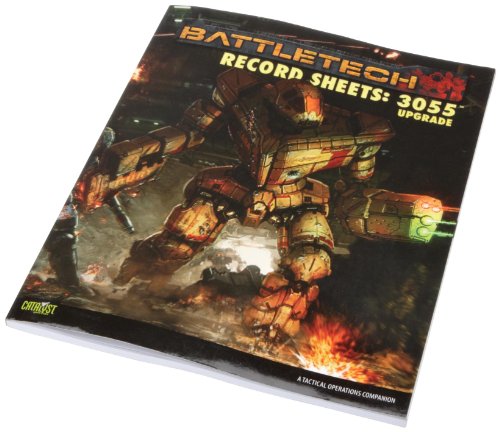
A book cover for Battletech Record Sheets 3055 Upgrade; Science Fiction & Fantasy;